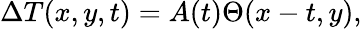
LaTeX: \begin{array}{r}{\Delta T(x,y,t)=A(t)\Theta(x-t,y),}\end{array}